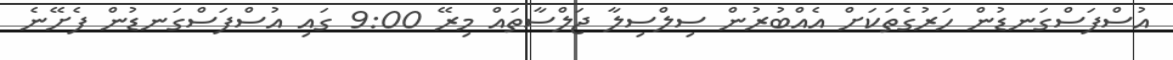
އުސްފަސްގަނޑުން ހަރުގެތަކަށް އެއްބުރުން ސިލްސިލާ ޖަލްސާތައް މިރޭ 9:00 ގައި އުސްފަސްގަނޑުން ފެށޭނެ